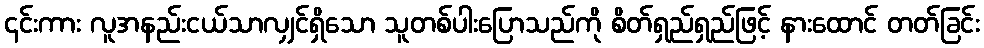
၎င်းကား လူအနည်းငယ်သာလျှင်ရှိသော သူတစ်ပါးပြောသည်ကို စိတ်ရှည်ရှည်ဖြင့် နားထောင် တတ်ခြင်း